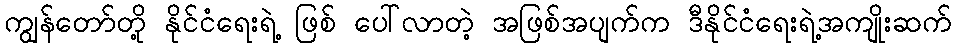
ကျွန်တော်တို့ နိုင်ငံရေးရဲ့ ဖြစ် ပေါ်လာတဲ့ အဖြစ်အပျက်က ဒီနိုင်ငံရေးရဲ့အကျိုးဆက်